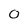
Character: 0